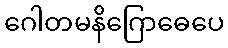
ဂေါတမနိဂြောဓေပေ